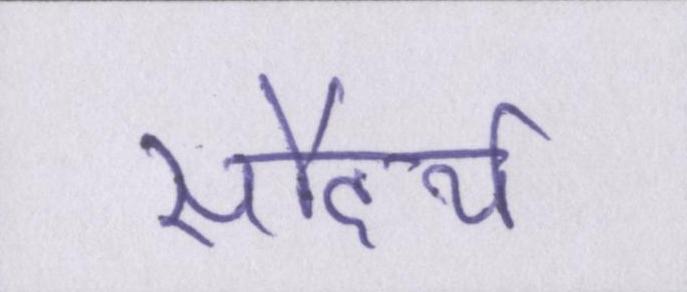
सौंदर्य